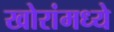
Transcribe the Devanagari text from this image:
खोरांमध्ये